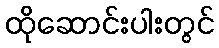
ထိုဆောင်းပါးတွင်